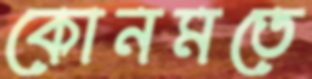
কোনমতে